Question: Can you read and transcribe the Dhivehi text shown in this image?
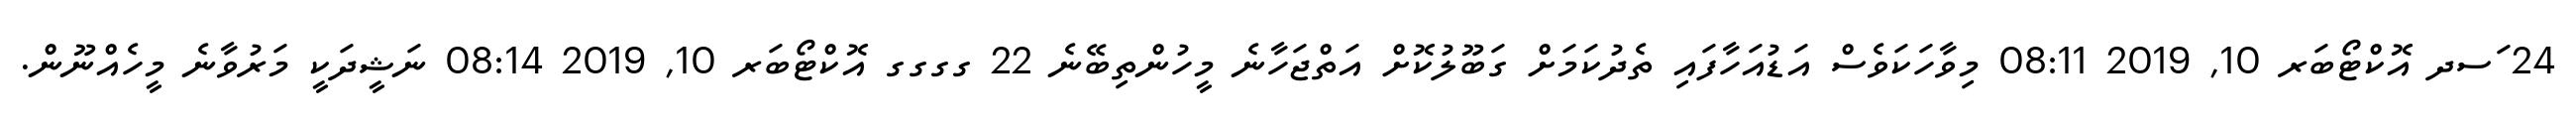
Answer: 24 ަސދ އޮކްޓޯބަރ 10, 2019 08:11 މިވާހަކަވެސް އަޑުއަހާފައި ތެދުކަމަށް ގަބޫލުކޮށް އަތްޖަހާނެ މީހުންތިބޭނެ 22 ގގގގ އޮކްޓޯބަރ 10, 2019 08:14 ނަޝީދަކީ މަރުވާނެ މީހެއްނޫން.